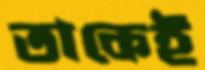
তাকেই